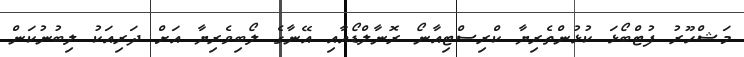
މަޝްހޫރު ފުޓްބޯޅަ ކުޅުންތެރިޔާ ކްރިސްޓިއާނޯ ރޮނާލްޑޯއާއި އޭނާގެ ލޯބިވެރިޔާ އަށް ދަރިއަކު ލިބުނުކަން